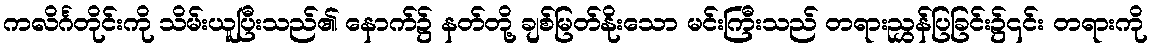
ကလိင်္ဂတိုင်းကို သိမ်းယူပြီးသည်၏ နောက်၌ နတ်တို့ ချစ်မြတ်နိုးသော မင်းကြီးသည် တရားညွှန်ပြခြင်း၌၎င်း တရားကို